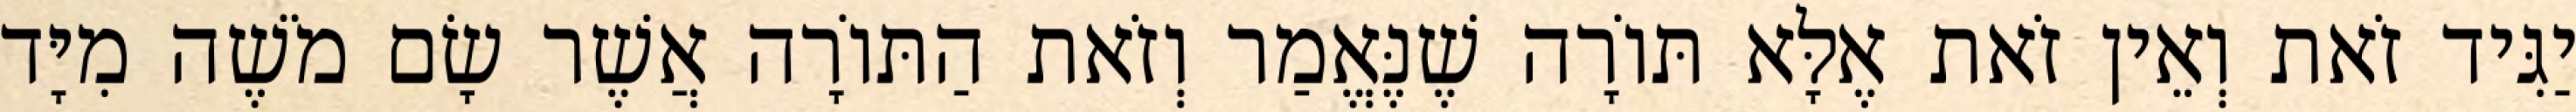
יַגִּיד זֹאת וְאֵין זֹאת אֶלָּא תּוֹרָה שֶׁנֶּאֱמַר וְזֹאת הַתּוֹרָה אֲשֶׁר שָׂם מֹשֶׁה מִיָּד